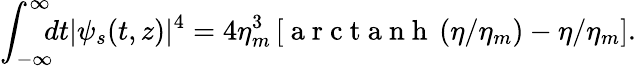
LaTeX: \int_{-\infty}^{\infty}\! \! \! dt|\psi_{s}(t,z)|^{4}=4\eta_{m}^{3}\left[\mathrm{~a~r~c~t~a~n~h~}\left(\eta/\eta_{m}\right)-\eta/\eta_{m}\right].